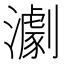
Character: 𤁴